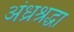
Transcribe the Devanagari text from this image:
अंध्रश्रद्धा